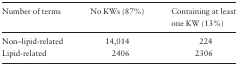
<table><thead><tr><td><b>Number of terms</b></td><td><b>No KWs (87%)</b></td><td><b>Containing at least one KW (13%)</b></td></tr></thead><tbody><tr><td>Non–lipid-related</td><td>14,014</td><td>224</td></tr><tr><td>Lipid-related</td><td>2406</td><td>2306</td></tr></tbody></table>